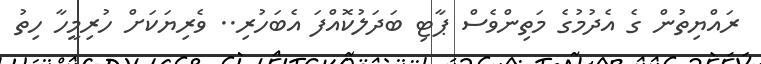
ރައްޔިތުން ގެ އެދުމުގެ މަތިންވެސް ޕާޓި ބަދަލުކޮއްފަ އެބަހުރި.. ވެރިޔަކަށް ހުރިމީހާ ހިތު